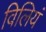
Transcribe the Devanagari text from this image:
विलियं